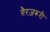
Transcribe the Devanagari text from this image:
ग़ैरज़रूरी